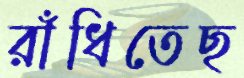
রাঁধিতেছ